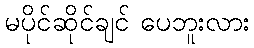
မပိုင်ဆိုင်ချင် ပေဘူးလား